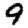
Digit: 9